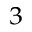
_ 3